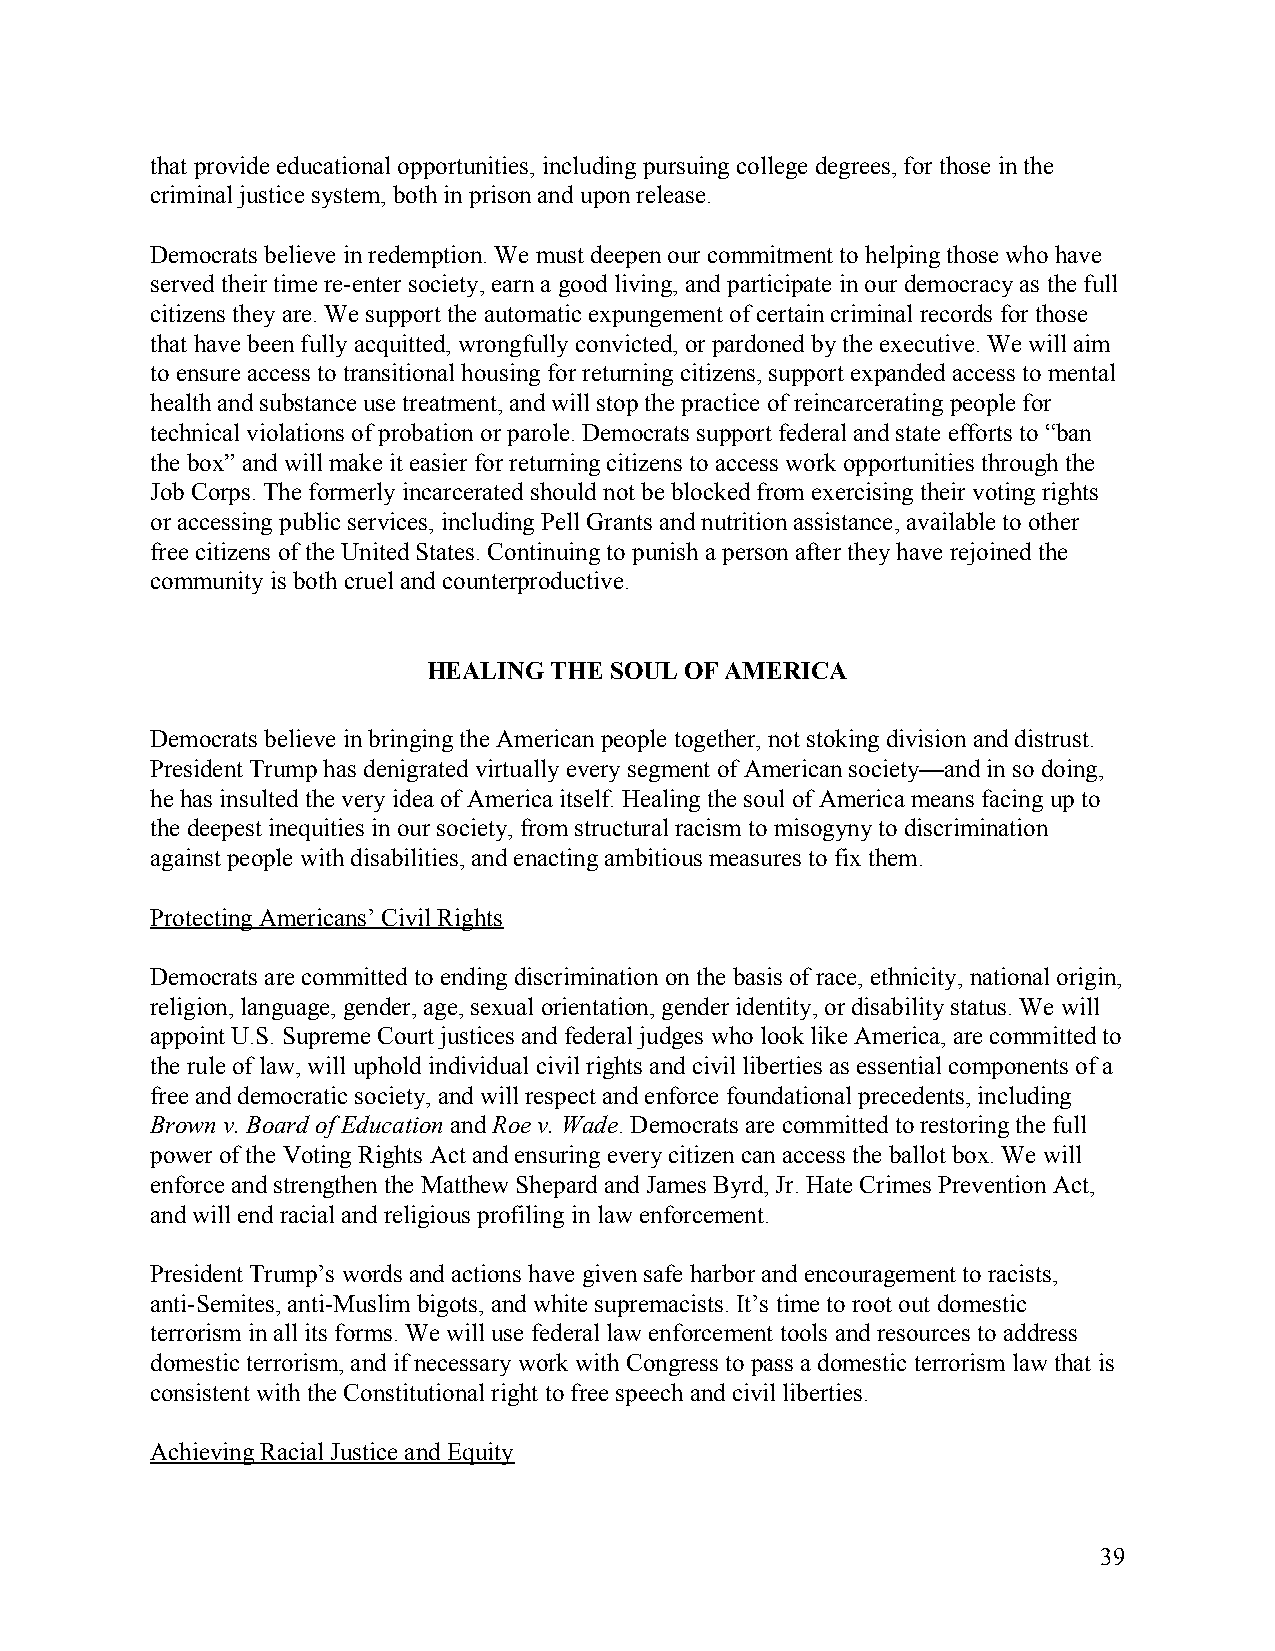
that provide educational opportunities, including pursuing college degrees, for those in the
 criminal justice system, both in prison and upon release.
 Democrats believe in redemption. We must deepen our commitment to helping those who have
 served their time re-enter society, earn a good living, and participate in our democracy as the full
 citizens they are. We support the automatic expungement of certain criminal records for those
 that have been fully acquitted, wrongfully convicted, or pardoned by the executive. We will aim
 to ensure access to transitional housing for returning citizens, support expanded access to mental
 health and substance use treatment, and will stop the practice of reincarcerating people for
 technical violations of probation or parole. Democrats support federal and state efforts to “ban
 the box” and will make it easier for returning citizens to access work opportunities through the
 Job Corps. The formerly incarcerated should not be blocked from exercising their voting rights
 or accessing public services, including Pell Grants and nutrition assistance, available to other
 free citizens of the United States. Continuing to punish a person after they have rejoined the
 community is both cruel and counterproductive.
 HEALING THE SOUL OF AMERICA
 Democrats believe in bringing the American people together, not stoking division and distrust.
 President Trump has denigrated virtually every segment of American society—and in so doing,
 he has insulted the very idea of America itself. Healing the soul of America means facing up to
 the deepest inequities in our society, from structural racism to misogyny to discrimination
 against people with disabilities, and enacting ambitious measures to fix them.
 Protecting Americans’ Civil Rights
 Democrats are committed to ending discrimination on the basis of race, ethnicity, national origin,
 religion, language, gender, age, sexual orientation, gender identity, or disability status. We will
 appoint U.S. Supreme Court justices and federal judges who look like America, are committed to
 the rule of law, will uphold individual civil rights and civil liberties as essential components of a
 free and democratic society, and will respect and enforce foundational precedents, including
 Brown v. Board of Education and Roe v. Wade. Democrats are committed to restoring the full
 ​  ​        ​
 power of the Voting Rights Act and ensuring every citizen can access the ballot box. We will
 enforce and strengthen the Matthew Shepard and James Byrd, Jr. Hate Crimes Prevention Act,
 and will end racial and religious profiling in law enforcement.
 President Trump’s words and actions have given safe harbor and encouragement to racists,
 anti-Semites, anti-Muslim bigots, and white supremacists. It’s time to root out domestic
 terrorism in all its forms. We will use federal law enforcement tools and resources to address
 domestic terrorism, and if necessary work with Congress to pass a domestic terrorism law that is
 consistent with the Constitutional right to free speech and civil liberties.
 Achieving Racial Justice and Equity
 39